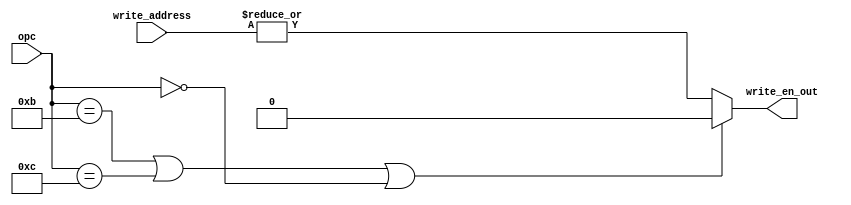
// Spring 2017, Computer Architecture

module write_handler (write_address , write_en_out , opc);
	input [2:0] write_address ;
	output write_en_out ;
	input [3:0] opc;

	wire adr_and ;
	assign adr_and = |write_address ;
	assign write_en_out =(opc == 4'b1011 || opc == 4'b1100 || opc == 4'b0000) ? 1'b0 : adr_and;

endmodule